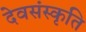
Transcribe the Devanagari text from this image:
देवसंस्कृति